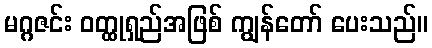
မဂ္ဂဇင်း ဝတ္ထုရှည်အဖြစ် ကျွန်တော် ပေးသည်။